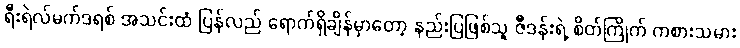
ရီးရဲလ်မက်ဒရစ် အသင်းထံ ပြန်လည် ရောက်ရှိချိန်မှာတော့ နည်းပြဖြစ်သူ ဇီဒန်းရဲ့ စိတ်ကြိုက် ကစားသမား